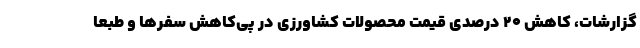
گزارشات، کاهش 20 درصدی قیمت محصولات کشاورزی در پی‌کاهش سفرها و طبعاً